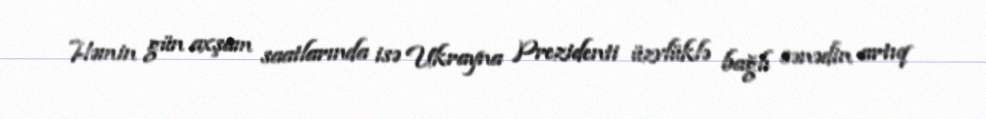
Həmin gün axşam saatlarında isə Ukrayna Prezidenti üzvlüklə bağlı sənədin artıq